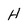
Character: H